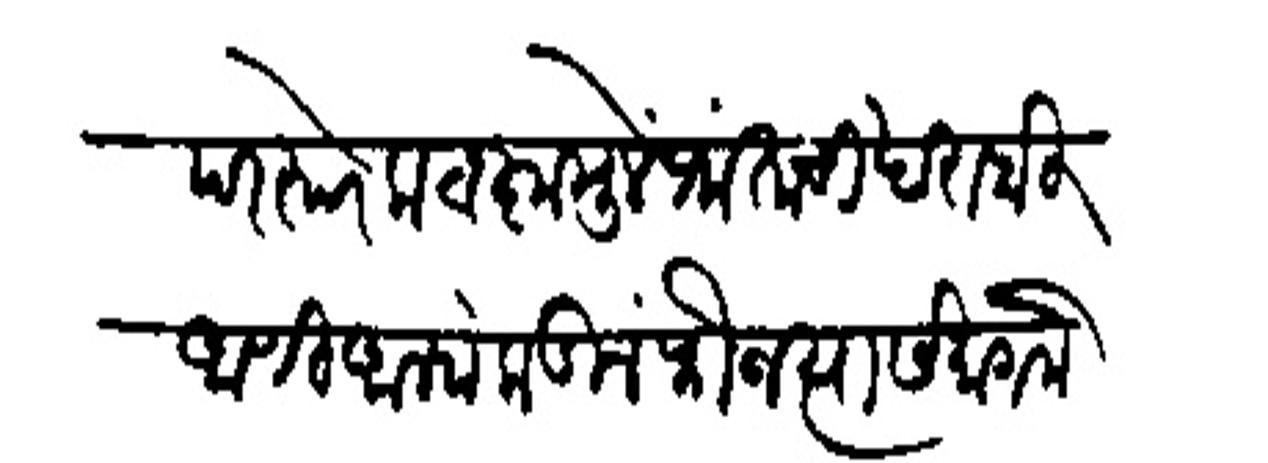
Transliteration (Devanagari): परस्परे कटाक्षामुलें प्रांताची खराबी आणि आम्हांकडील फौज त्यासमागमें